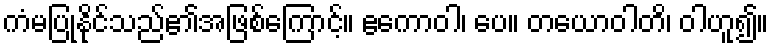
ကံမပြုနိုင်သည်၏အဖြစ်ကြောင့်။ ဧကောဝါ၊ ပေ။ တယောဝါတိ၊ ဝါဟူ၍။